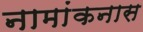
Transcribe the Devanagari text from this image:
नामांकनास